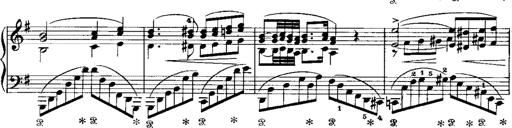
Title: RÃ©miniscences de Norma de Bellini
Composer: Franz Liszt